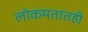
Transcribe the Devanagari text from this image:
लोकमतातही